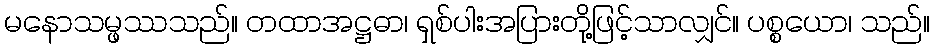
မနောသမ္ဖဿသည်။ တထာအဋ္ဌဓာ၊ ရှစ်ပါးအပြားတို့ဖြင့်သာလျှင်။ ပစ္စယော၊ သည်။